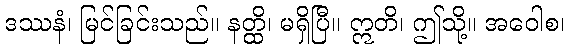
ဒဿနံ၊ မြင်ခြင်းသည်။ နတ္ထိ၊ မရှိပြီ။ ဣတိ၊ ဤသို့။ အဝေါစ၊